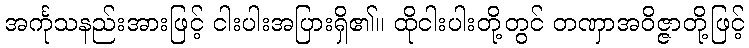
အင်္ကုသနည်းအားဖြင့် ငါးပါးအပြားရှိ၏။ ထိုငါးပါးတို့တွင် တဏှာအဝိဇ္ဇာတို့ဖြင့်